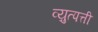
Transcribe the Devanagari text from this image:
व्य़ुत्पत्ती